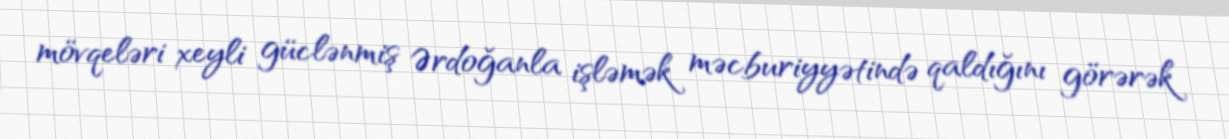
mövqeləri xeyli güclənmiş Ərdoğanla işləmək məcburiyyətində qaldığını görərək